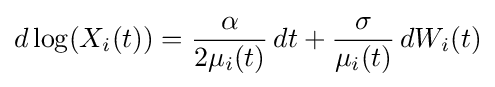
d\log(X_{i}(t))={\frac {\alpha }{2\mu _{i}(t)}}\,dt+{\frac {\sigma }{\mu _{i}(t)}}\,dW_{i}(t)